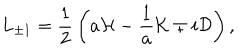
L _ { \pm 1 } = { \frac { 1 } { 2 } } \left( a { \cal H } - { \frac { 1 } { a } } { \cal K } \mp i { \cal D } \right) ,